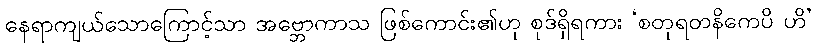
နေရာကျယ်သောကြောင့်သာ အဗ္ဘောကာသ ဖြစ်ကောင်း၏ဟု စုဒ်ရှိရကား ‘စတုရတနိကေပိ ဟိ’